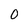
Character: O